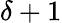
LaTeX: \delta+1